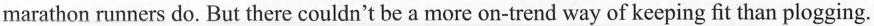
marathon runners do. But there couldn't be a more on-trend way of keeping fit than plogging.